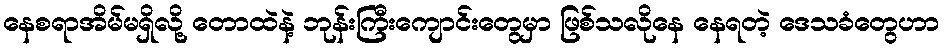
နေစရာအိမ်မရှိလို့ တောထဲနဲ့ ဘုန်းကြီးကျောင်းတွေမှာ ဖြစ်သလိုနေ နေရတဲ့ ဒေသခံတွေဟာ